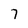
Character: 7